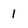
Character: 1